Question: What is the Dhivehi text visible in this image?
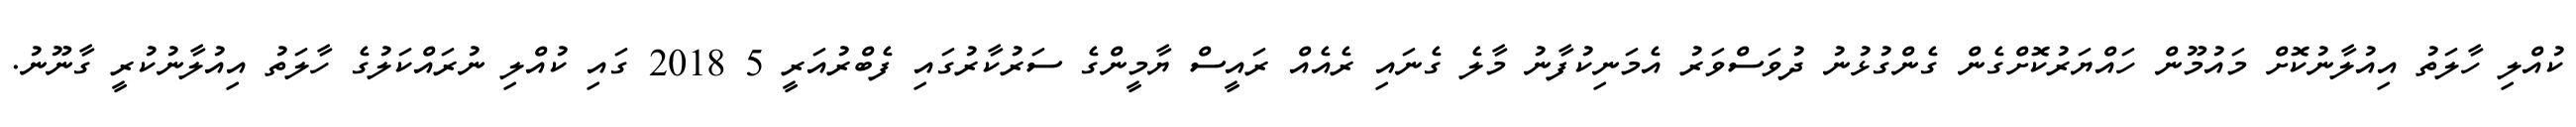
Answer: ކުއްލި ހާލަތު އިއުލާނުކޮށް މައުމޫން ހައްޔަރުކޮށްގެން ގެންގުޅުނު ދުވަސްވަރު އެމަނިކުފާނު މާލެ ގެނައި ރެއެއް ރައީސް ޔާމީންގެ ސަރުކާރުގައި ފެބްރުއަރީ 5 2018 ގައި ކުއްލި ނުރައްކަލުގެ ހާލަތު އިއުލާނުކުރީ ގާނޫނު.